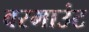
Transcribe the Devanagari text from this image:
वरमाउंट